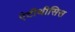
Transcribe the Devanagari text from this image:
एंटीथीसिस